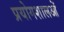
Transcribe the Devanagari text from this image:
प्रयोगशालओं